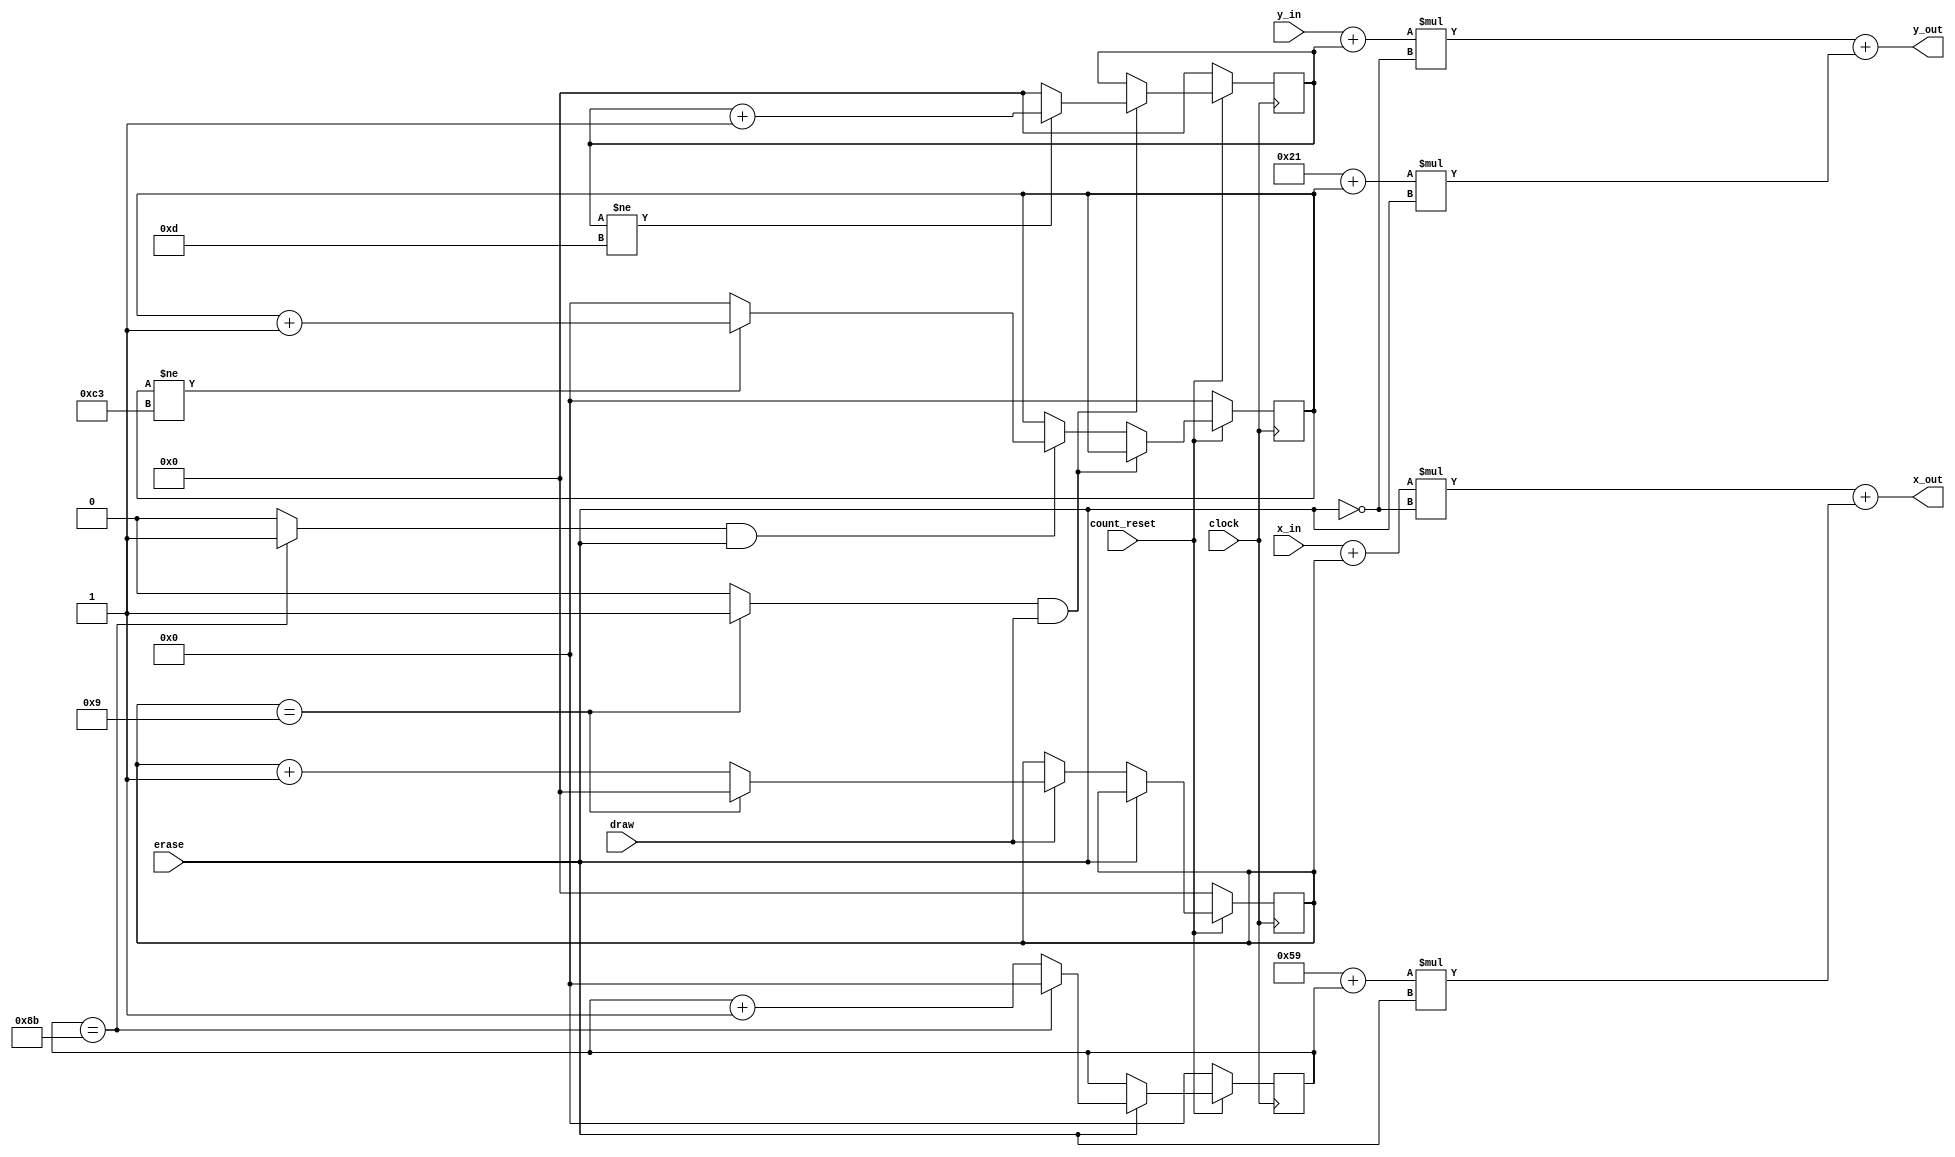
module io_datapath(clock, count_reset, draw, erase, x_in, y_in, x_out, y_out);
    input clock, count_reset;
    input draw, erase;
    input[7:0] x_in, y_in;
    output[7:0] x_out, y_out;

    reg[3:0] count_x_draw, count_y_draw;
    reg[7:0] count_x_erase, count_y_erase;
    wire y_enable_draw, y_enable_erase;

    always @(posedge clock) begin
        if (!count_reset)
            begin
                count_x_draw <= 4'd0;
                count_x_erase <= 8'd0;
            end
        else if(erase)
            begin
                if (count_x_erase == 8'd139)
                    count_x_erase <= 8'd0;
                else
                    count_x_erase <= count_x_erase + 8'd1;
            end
        else if(draw)
            begin
                if (count_x_draw == 4'd9)
                    count_x_draw <= 4'd0;
                else
                    count_x_draw <= count_x_draw + 4'd1;
            end
    end

    assign y_enable_draw = (count_x_draw == 4'd9) ? 1 : 0;
    assign y_enable_erase = (count_x_erase == 8'd139) ? 1 : 0;

    //always using x'd is kinda gay btw -Wentao
    always @(posedge clock) begin
        if (!count_reset)
            begin
                count_y_draw <= 4'd0;
                count_y_erase <= 8'd0;
            end
        else if (y_enable_draw && draw)
            begin
                if (count_y_draw != 4'd13)
                    count_y_draw <= count_y_draw + 4'd1;
                else
                    count_y_draw <= 4'd0;
            end
        else if (y_enable_erase && erase)
            begin
                if (count_y_erase != 8'd195)
                    count_y_erase <= count_y_erase + 8'd1;
                else
                    count_y_erase <= 8'd0;
            end
    end

    assign x_out = (x_in+count_x_draw)*!erase + (8'd89+count_x_erase)*erase;
    assign y_out = (y_in+count_y_draw)*!erase + (8'd33+count_y_erase)*erase;
endmodule